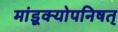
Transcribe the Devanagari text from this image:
मांडूक्योपनिषत्